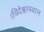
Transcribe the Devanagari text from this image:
।विदेश्वरस्थान